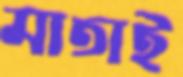
মাতাই